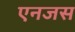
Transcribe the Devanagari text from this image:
एनजस